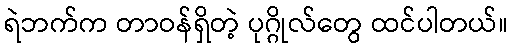
ရဲဘက်က တာဝန်ရှိတဲ့ ပုဂ္ဂိုလ်တွေ ထင်ပါတယ်။